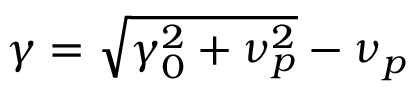
\gamma = \sqrt { \gamma _ { 0 } ^ { 2 } + \nu _ { p } ^ { 2 } } - \nu _ { p }